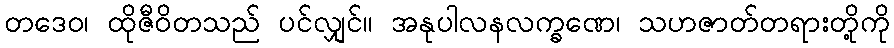
တဒေဝ၊ ထိုဇီဝိတသည် ပင်လျှင်။ အနုပါလနလက္ခဏေ၊ သဟဇာတ်တရားတို့ကို